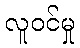
လူဝင်မှု